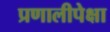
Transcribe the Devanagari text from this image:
प्रणालीपेक्षा